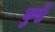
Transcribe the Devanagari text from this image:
कुष्टे